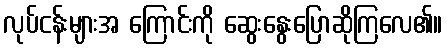
လုပ်ငန်းများအ ကြောင်းကို ဆွေးနွေးပြောဆိုကြလေ၏။